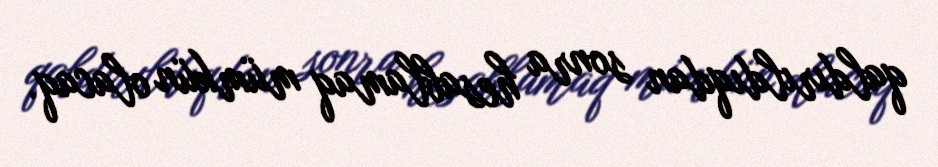
qaldırıldıqdan sonra hesablamaq mümkün olacaq.